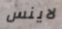
لاينس